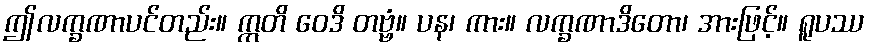
ဤလက္ခဏာပင်တည်း။ ဣတိ ဝေဒိ တဗ္ဗံ။ ပန၊ ကား။ လက္ခဏာဒိတော၊ အားဖြင့်။ ရူပဿ